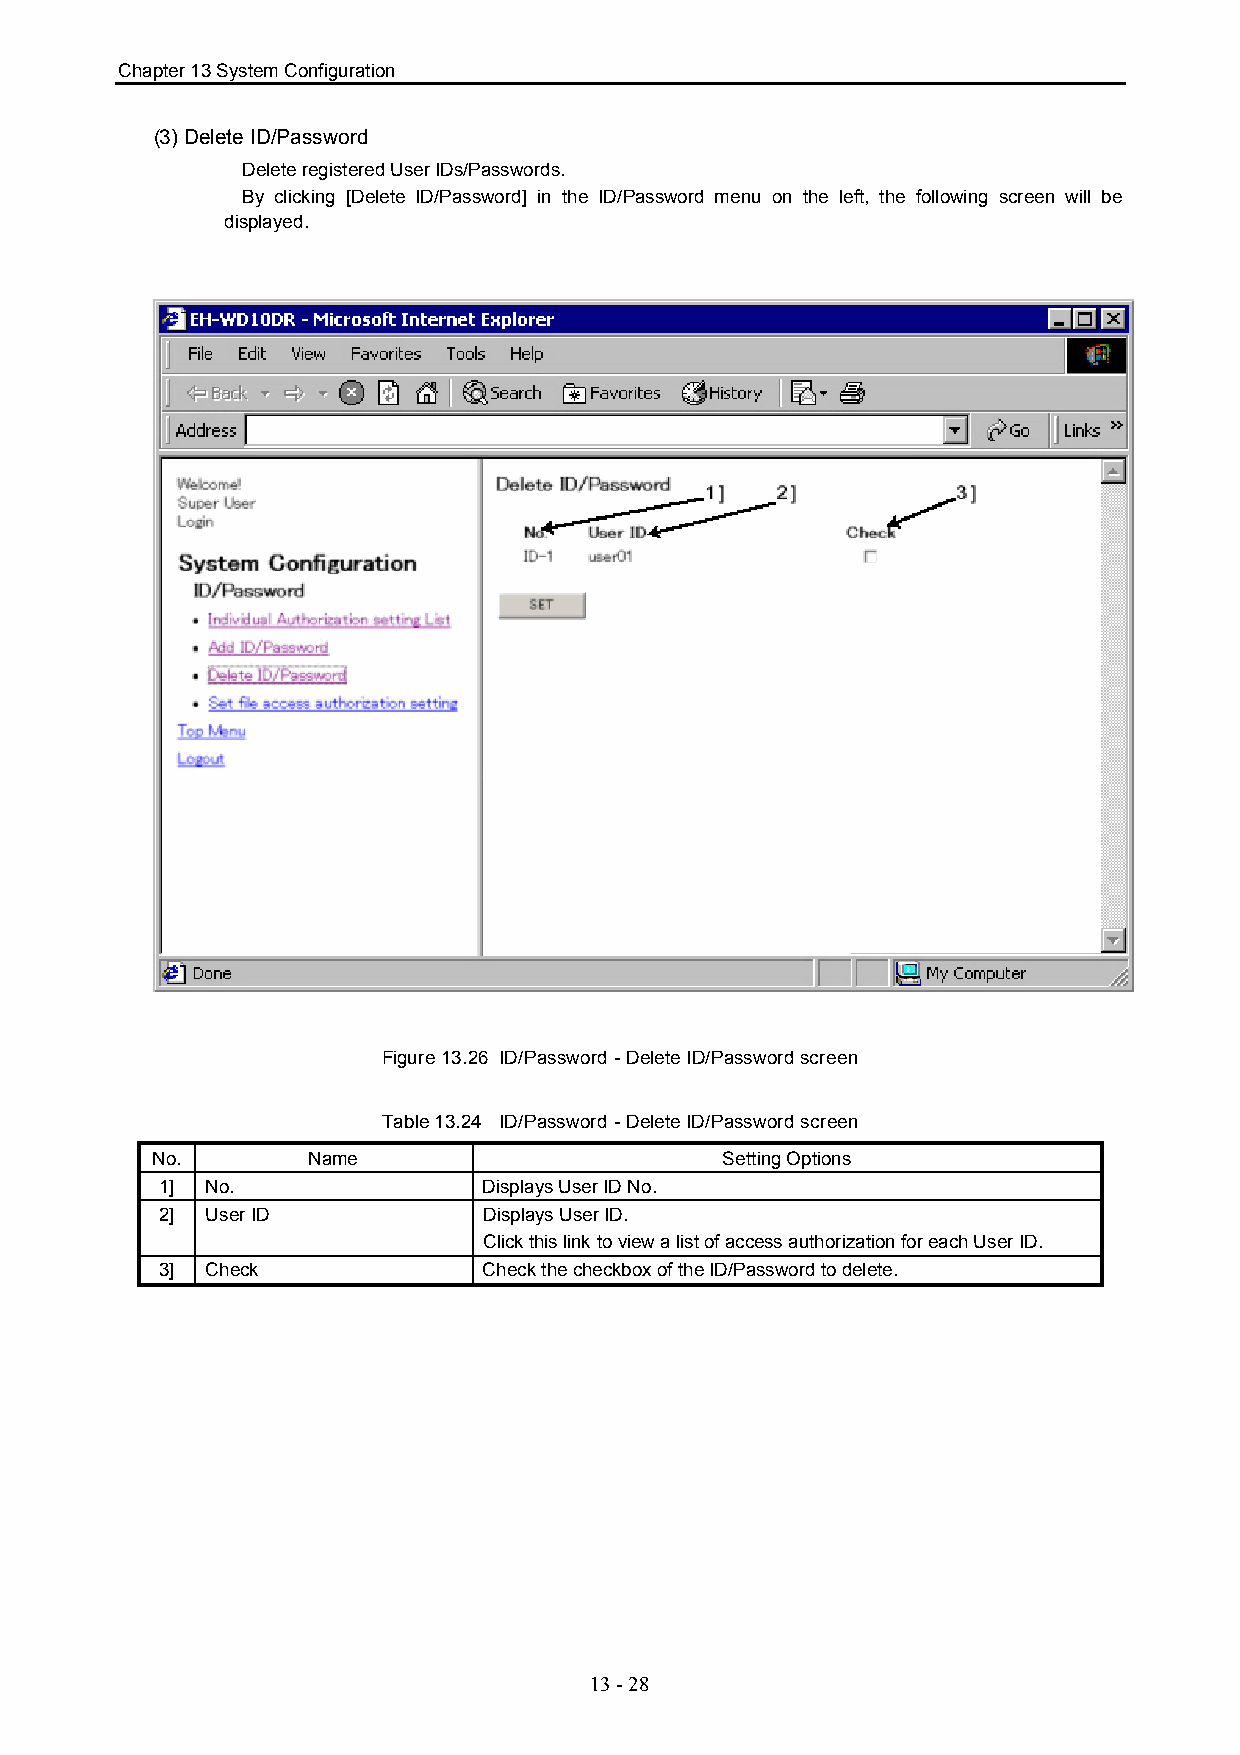
Chapter 13 System Configuration
 (3) Delete ID/Password
 Delete registered User IDs/Passwords.
 By clicking [Delete ID/Password] in the ID/Password menu on the left, the following screen will be
 displayed.
 Figure 13.26 ID/Password - Delete ID/Password screen
 Table 13.24 ID/Password - Delete ID/Password screen
 No.       Name                        Setting Options
 1] No.               Displays User ID No.
 2] User ID           Displays User ID.
 Click this link to view a list of access authorization for each User ID.
 3] Check             Check the checkbox of the ID/Password to delete.
 13 - 28